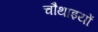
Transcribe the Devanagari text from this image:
चौथाइयों